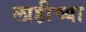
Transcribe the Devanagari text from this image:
लाहीच्या